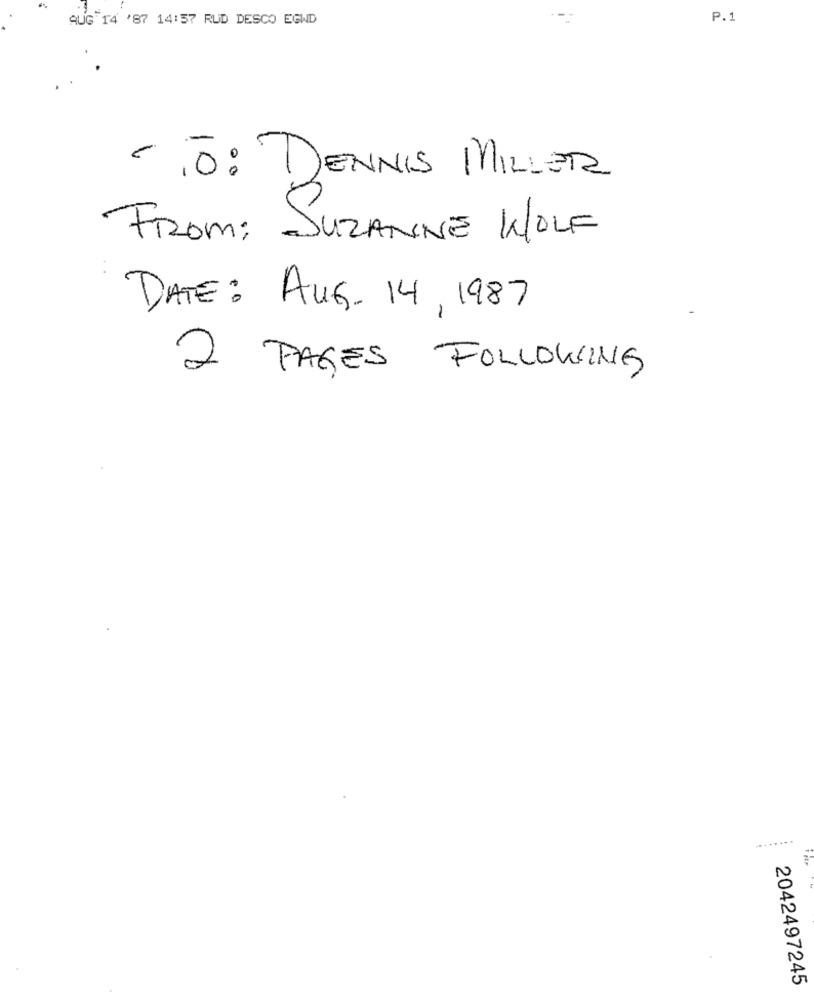
AUG 14 '87 14:57 RUD DESCO EGWD
P.1
- TO: DENNIS MILLER
From: SUZANNE WOLF
DATE: AUG. 14 , 1987
2 PAGES FOLLOWING
........
2042497245